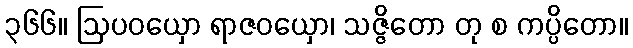
၃၆၆။ ဩပဝယှော ရာဇဝယှော၊ သဇ္ဇိတော တု စ ကပ္ပိတော။